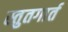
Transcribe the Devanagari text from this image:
स्तुतगार्त